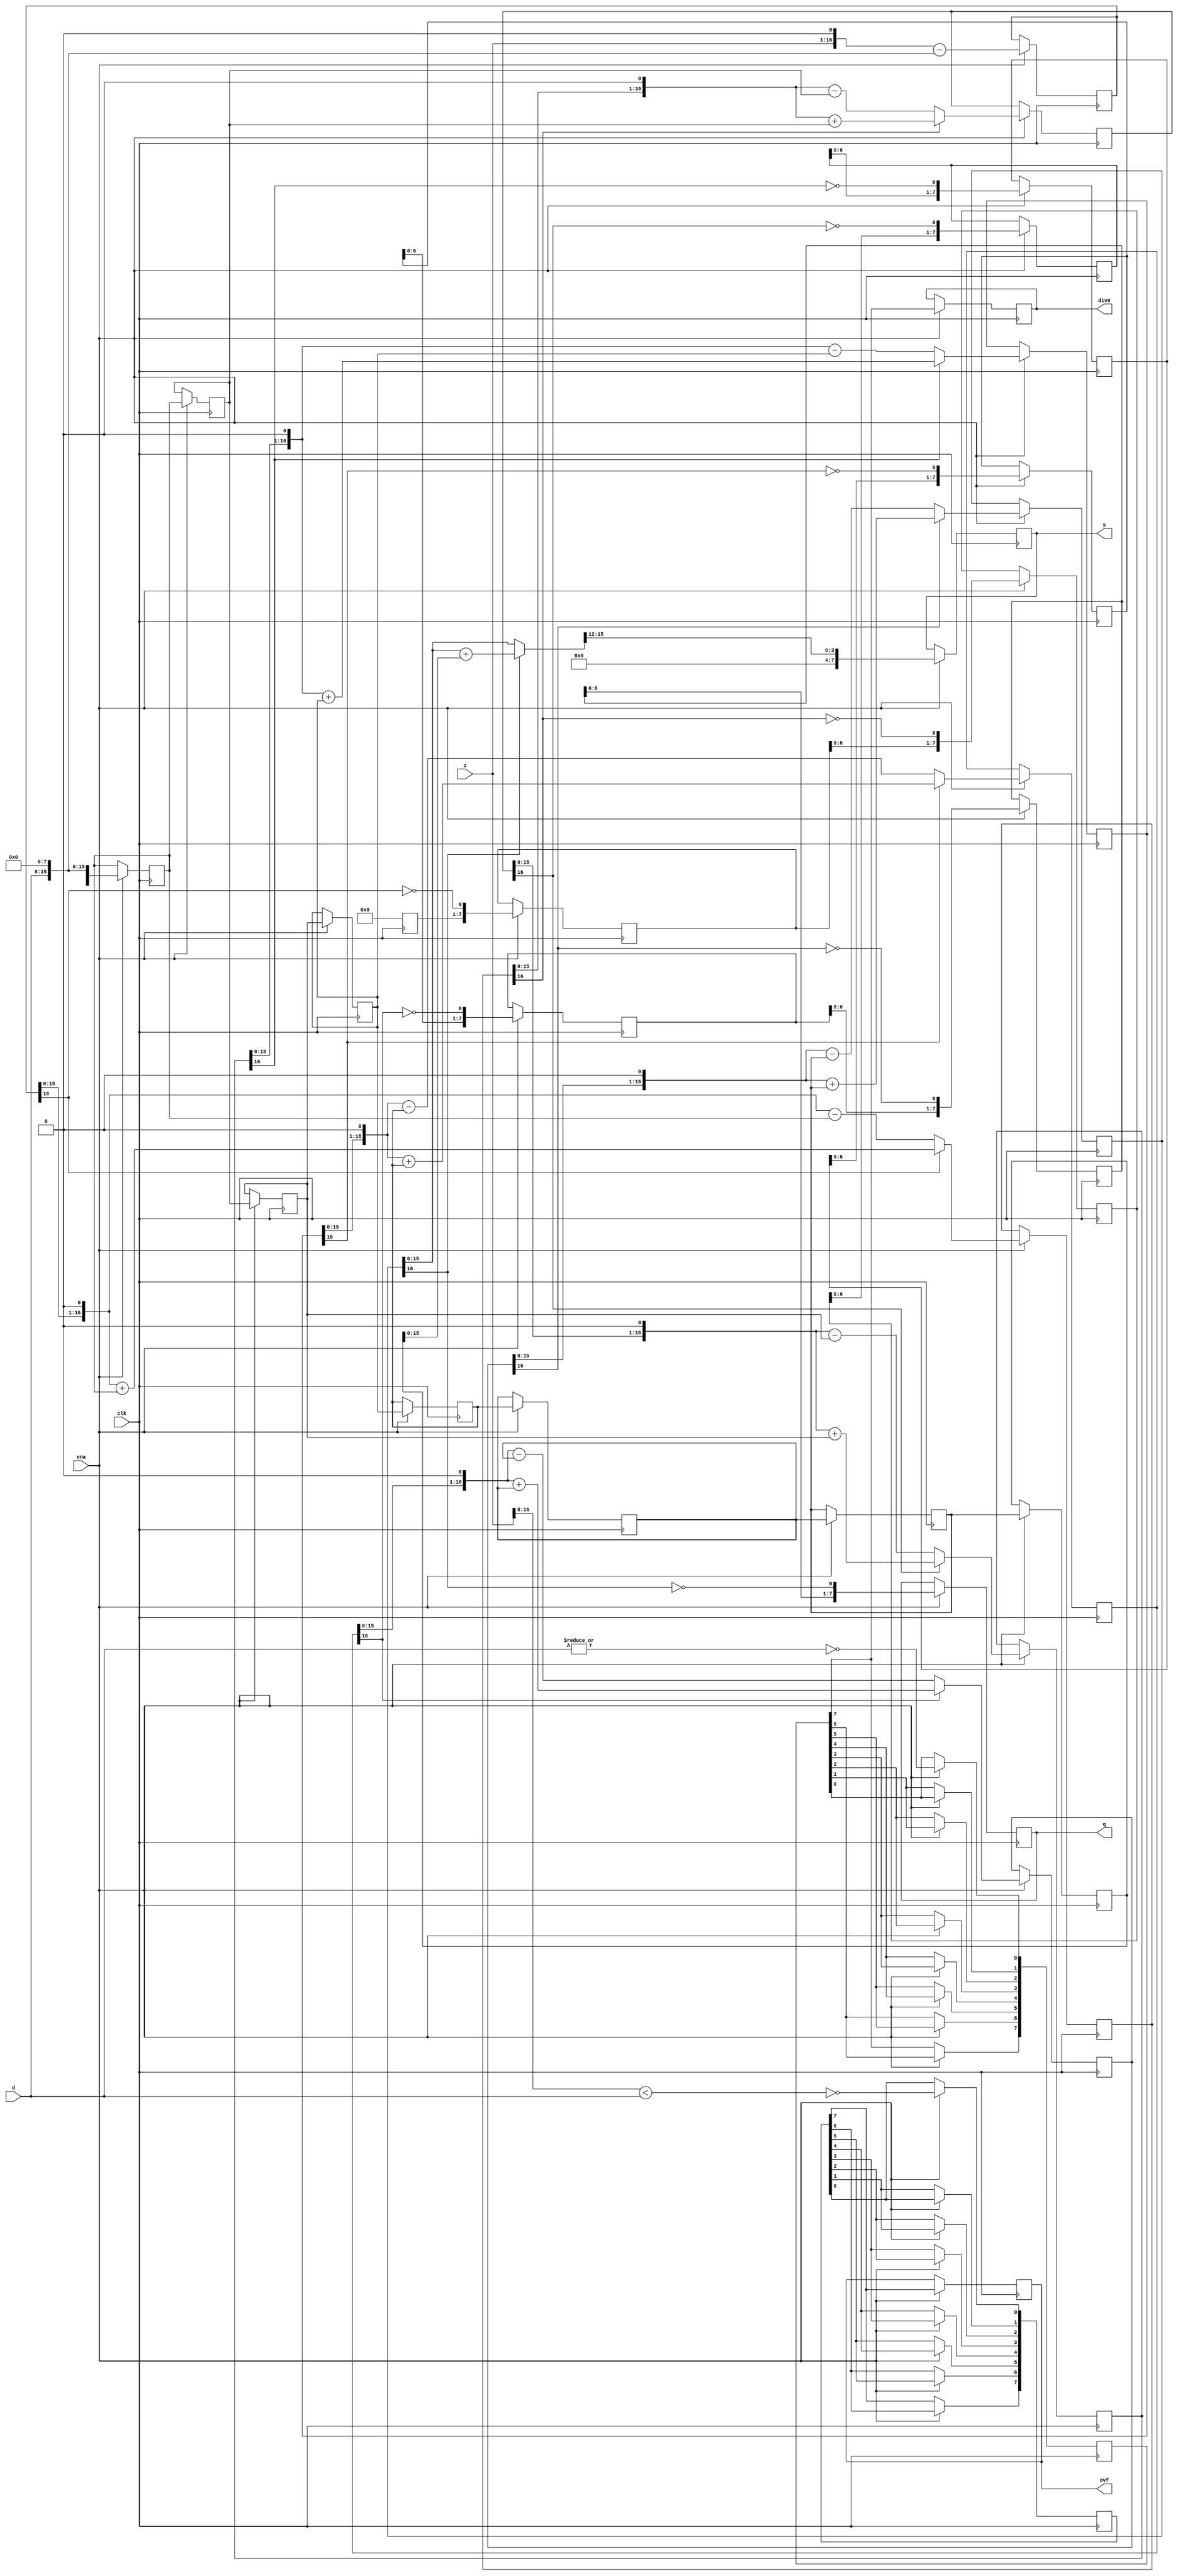
/////////////////////////////////////////////////////////////////////
////                                                             ////
////  Non-restoring unsinged divider                             ////
////                                                             ////
////          richard@asics.ws                                   ////
////          www.asics.ws                                       ////
////                                                             ////
/////////////////////////////////////////////////////////////////////
////                                                             ////
//// Copyright (C) 2002 Richard Herveille                        ////
////                    richard@asics.ws                         ////
////                                                             ////
//// This source file may be used and distributed without        ////
//// restriction provided that this copyright statement is not   ////
//// removed from the file and that any derivative work contains ////
//// the original copyright notice and the associated disclaimer.////
////                                                             ////
////     THIS SOFTWARE IS PROVIDED ``AS IS'' AND WITHOUT ANY     ////
//// EXPRESS OR IMPLIED WARRANTIES, INCLUDING, BUT NOT LIMITED   ////
//// TO, THE IMPLIED WARRANTIES OF MERCHANTABILITY AND FITNESS   ////
//// FOR A PARTICULAR PURPOSE. IN NO EVENT SHALL THE AUTHOR      ////
//// OR CONTRIBUTORS BE LIABLE FOR ANY DIRECT, INDIRECT,         ////
//// INCIDENTAL, SPECIAL, EXEMPLARY, OR CONSEQUENTIAL DAMAGES    ////
//// (INCLUDING, BUT NOT LIMITED TO, PROCUREMENT OF SUBSTITUTE   ////
//// GOODS OR SERVICES; LOSS OF USE, DATA, OR PROFITS; OR        ////
//// BUSINESS INTERRUPTION) HOWEVER CAUSED AND ON ANY THEORY OF  ////
//// LIABILITY, WHETHER IN  CONTRACT, STRICT LIABILITY, OR TORT  ////
//// (INCLUDING NEGLIGENCE OR OTHERWISE) ARISING IN ANY WAY OUT  ////
//// OF THE USE OF THIS SOFTWARE, EVEN IF ADVISED OF THE         ////
//// POSSIBILITY OF SUCH DAMAGE.                                 ////
////                                                             ////
/////////////////////////////////////////////////////////////////////

//  CVS Log
//
//  $Id: div_uu.v,v 1.3 2002-10-31 12:52:55 rherveille Exp $
//
//  $Date: 2002-10-31 12:52:55 $
//  $Revision: 1.3 $
//  $Author: rherveille $
//  $Locker:  $
//  $State: Exp $
//
// Change History:
//               $Log: not supported by cvs2svn $
//               Revision 1.2  2002/10/23 09:07:03  rherveille
//               Improved many files.
//               Fixed some bugs in Run-Length-Encoder.
//               Removed dependency on ud_cnt and ro_cnt.
//               Started (Motion)JPEG hardware encoder project.
//

//synopsys translate_off
//`include "timescale.v"
//synopsys translate_on

module div_uu(clk, ena, z, d, q, s, div0, ovf);

	//
	// parameters
	//
	parameter z_width = 16;
	parameter d_width = z_width /2;
	
	//
	// inputs & outputs
	//
	input clk;               // system clock
	input ena;               // clock enable

	input  [z_width -1:0] z; // divident
	input  [d_width -1:0] d; // divisor
	output [d_width -1:0] q; // quotient
	reg [d_width-1:0] q;
	output [d_width -1:0] s; // remainder
	reg [d_width-1:0] s;
	output div0;
	reg div0;
	output ovf;
	reg ovf;

	//	
	// functions
	//
	function [z_width:0] gen_s;
		input [z_width:0] si;
		input [z_width:0] di;
	begin
	  if(si[z_width])
	    gen_s = {si[z_width-1:0], 1'b0} + di;
	  else
	    gen_s = {si[z_width-1:0], 1'b0} - di;
	end
	endfunction

	function [d_width-1:0] gen_q;
		input [d_width-1:0] qi;
		input [z_width:0] si;
	begin
	  gen_q = {qi[d_width-2:0], ~si[z_width]};
	end
	endfunction

	function [d_width-1:0] assign_s;
		input [z_width:0] si;
		input [z_width:0] di;
		reg [z_width:0] tmp;
	begin
	  if(si[z_width])
	    tmp = si + di;
	  else
	    tmp = si;

	  assign_s = tmp[z_width-1:z_width-4];
	end
	endfunction

	//
	// variables
	//
	reg [d_width-1:0] q_pipe  [d_width-1:0];
	reg [z_width:0] s_pipe  [d_width:0];
	reg [z_width:0] d_pipe  [d_width:0];

	reg [d_width:0] div0_pipe, ovf_pipe;
	//
	// perform parameter checks
	//
	// synopsys translate_off
	initial
	begin
	  if(d_width !== z_width / 2)
	    $display("div.v parameter error (d_width != z_width/2).");
	end
	// synopsys translate_on

	integer n0, n1, n2, n3;

	// generate divisor (d) pipe
	always @(d)
	  d_pipe[0] <= {1'b0, d, {(z_width-d_width){1'b0}} };

	always @(posedge clk)
	  if(ena)
	    for(n0=1; n0 <= d_width; n0=n0+1)
	       d_pipe[n0] <= #1 d_pipe[n0-1];

	// generate internal remainder pipe
	always @(z)
	  s_pipe[0] <= z;

	always @(posedge clk)
	  if(ena)
	    for(n1=1; n1 <= d_width; n1=n1+1)
	       s_pipe[n1] <= #1 gen_s(s_pipe[n1-1], d_pipe[n1-1]);

	// generate quotient pipe
	always @(posedge clk)
	  q_pipe[0] <= #1 0;

	always @(posedge clk)
	  if(ena)
	    for(n2=1; n2 < d_width; n2=n2+1)
	       q_pipe[n2] <= #1 gen_q(q_pipe[n2-1], s_pipe[n2]);


	// flags (divide_by_zero, overflow)
	always @(z or d)
	begin
	  ovf_pipe[0]  <= !(z[z_width-1:d_width] < d);
	  div0_pipe[0] <= ~|d;
	end

	always @(posedge clk)
	  if(ena)
	    for(n3=1; n3 <= d_width; n3=n3+1)
	    begin
	        ovf_pipe[n3] <= #1 ovf_pipe[n3-1];
	        div0_pipe[n3] <= #1 div0_pipe[n3-1];
	    end

	// assign outputs
	always @(posedge clk)
	  if(ena)
	    ovf <= #1 ovf_pipe[d_width];

	always @(posedge clk)
	  if(ena)
	    div0 <= #1 div0_pipe[d_width];

	always @(posedge clk)
	  if(ena)
	    q <= #1 gen_q(q_pipe[d_width-1], s_pipe[d_width]);

	always @(posedge clk)
	  if(ena)
	    s <= #1 assign_s(s_pipe[d_width], d_pipe[d_width]);
endmodule